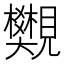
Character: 𧢜